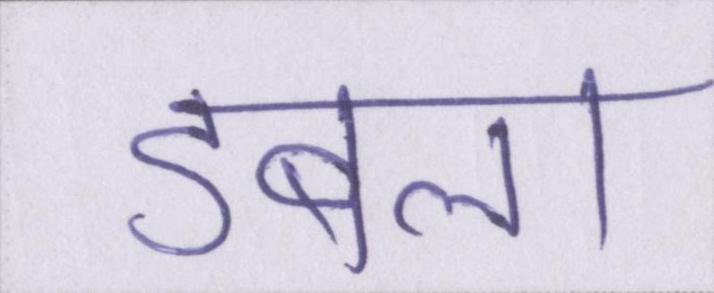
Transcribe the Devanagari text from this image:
डबला